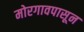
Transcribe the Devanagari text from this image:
मोरगावपासून